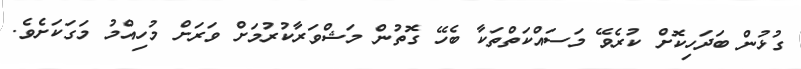
ގުޅުން ބަދަހިކޮށް ކުރެވޭ މަސައްކަތްތަކާ ބެހޭ ގޮތުން މަޝްވަރާކުރުމަށް ވަރަށް މުހިއްމު މަގަކަށެވެ.